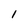
Character: l